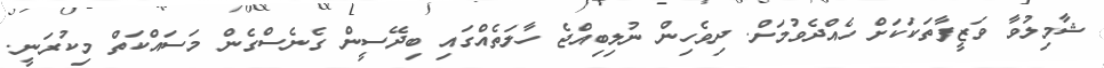
ޝާމިލުވާ ވަޒީފާތަކަކަށް ހެއްދެވުމަށް. ދިވެހިން ނުލިބިއްޖެ ހާލަތެއްގައި ބިދޭސީން ގެނެސްގެން މަސައްކަތް މިކުރަނީ.